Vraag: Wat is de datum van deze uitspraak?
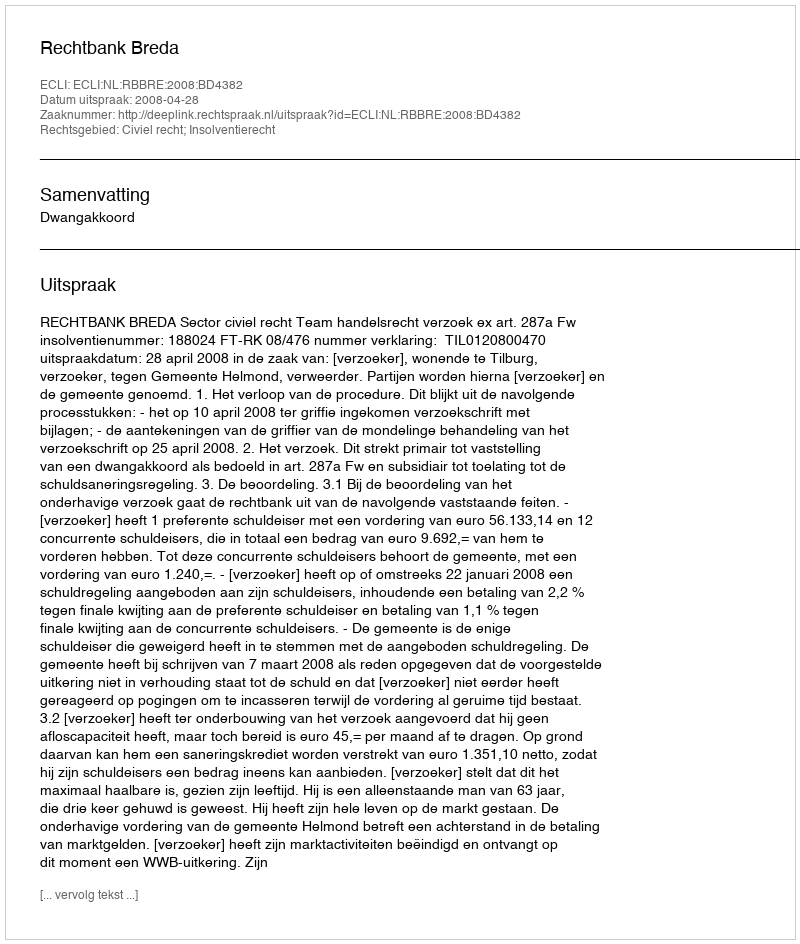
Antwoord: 2008-04-28